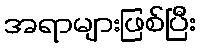
အရာများဖြစ်ပြီး